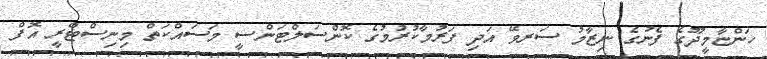
ހަންޏާމީދޫގެ ފެނުގެ ނިޒާމު ސަރވޭ އަދި ފަރުމާކުރުމުގެ ކޮންސަލްޓަންސީ މަސައްކަތް މިނިސްޓްރީ އޮފް